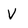
Character: V